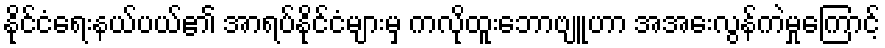
နိုင်ငံရေးနယ်ပယ်၏ အာရပ်နိုင်ငံများမှ ကလိုထူးဘောဗျူဟာ အအေးလွန်ကဲမှုကြောင့်